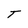
Character: T